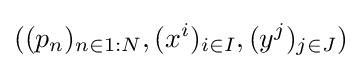
((p_{n})_{n\in 1:N},(x^{i})_{i\in I},(y^{j})_{j\in J})